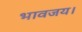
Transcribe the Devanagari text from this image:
भावजय।